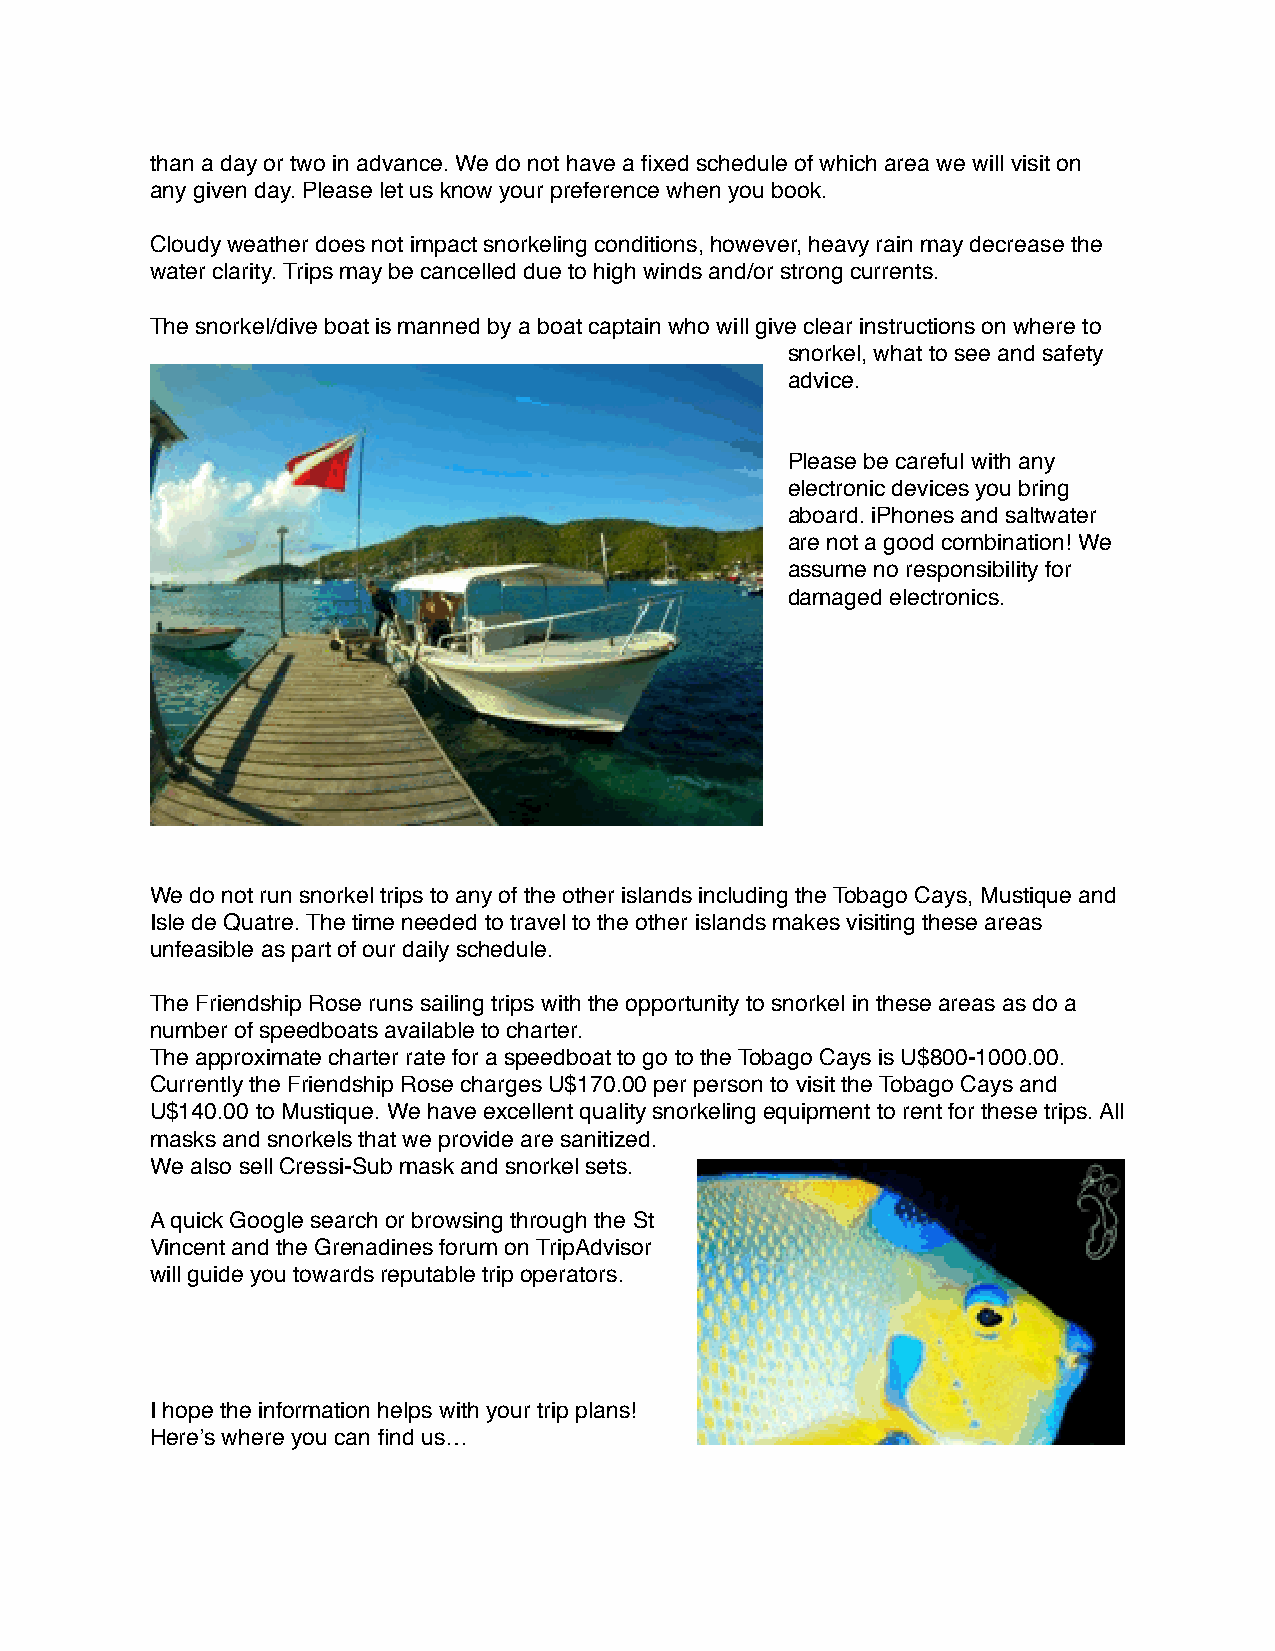
than a day or two in advance. We do not have a fixed schedule of which area we will visit on
 any given day. Please let us know your preference when you book.
 Cloudy weather does not impact snorkeling conditions, however, heavy rain may decrease the
 water clarity. Trips may be cancelled due to high winds and/or strong currents.
 The snorkel/dive boat is manned by a boat captain who will give clear instructions on where to
 snorkel, what to see and safety
 advice.
 Please be careful with any
 electronic devices you bring
 aboard. iPhones and saltwater
 are not a good combination! We
 assume no responsibility for
 damaged electronics.
 We do not run snorkel trips to any of the other islands including the Tobago Cays, Mustique and
 Isle de Quatre. The time needed to travel to the other islands makes visiting these areas
 unfeasible as part of our daily schedule.
 The Friendship Rose runs sailing trips with the opportunity to snorkel in these areas as do a
 number of speedboats available to charter.
 The approximate charter rate for a speedboat to go to the Tobago Cays is U$800-1000.00.
 Currently the Friendship Rose charges U$170.00 per person to visit the Tobago Cays and
 U$140.00 to Mustique. We have excellent quality snorkeling equipment to rent for these trips. All
 masks and snorkels that we provide are sanitized.
 We also sell Cressi-Sub mask and snorkel sets.
 A quick Google search or browsing through the St
 Vincent and the Grenadines forum on TripAdvisor
 will guide you towards reputable trip operators.
 I hope the information helps with your trip plans!
 Here’s where you can find us…